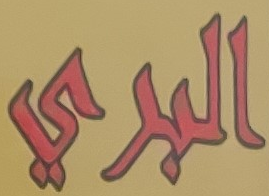
البري